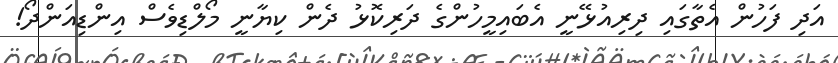
އަދި ފަހުން އެތާގައި ދިރިއުޅޭނީ އެބައިމީހުންގެ ދަރިކޮޅު ދެން ކިޔާނީ މޯލްޑިވެސް އިންޑިއަންދޯ!